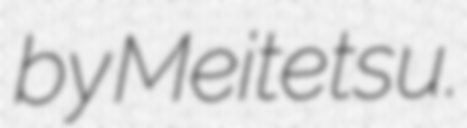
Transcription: by Meitetsu.